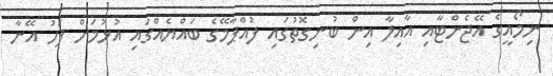
ނިމޯއީގެ އޭޖެންޓާއި އާއިލާ އިން ބުނިގޮތުގައި ފުއްޕާމޭގެ ބައްޔެއްގައި އުޅުމަށް ފަހު އޭނާ